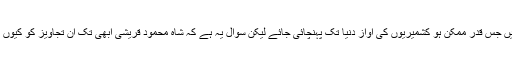
موجودہ صورت حال میں جس قدر ممکن ہو کشمیریوں کی آواز دنیا تک پہنچائی جائے لیکن سوال یہ ہے کہ شاہ محمود قریشی ابھی تک ان تجاویز کو کیوں نظر انداز کررہے ہیں؟